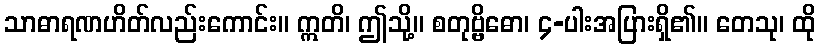
သာဓာရဏဟိတ်လည်းကောင်း။ ဣတိ၊ ဤသို့။ စတုဗ္ဗိဓော၊ ၄-ပါးအပြားရှိ၏။ တေသု၊ ထို